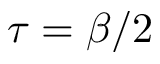
\tau = \beta / 2